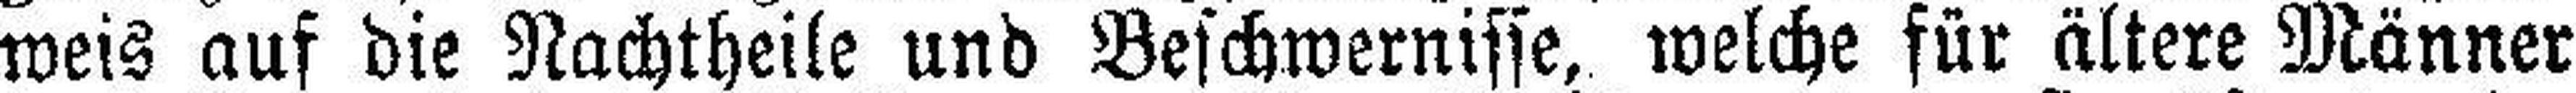
weis auf die Nachtheile und Beschwernisse, welche für ältere Männer